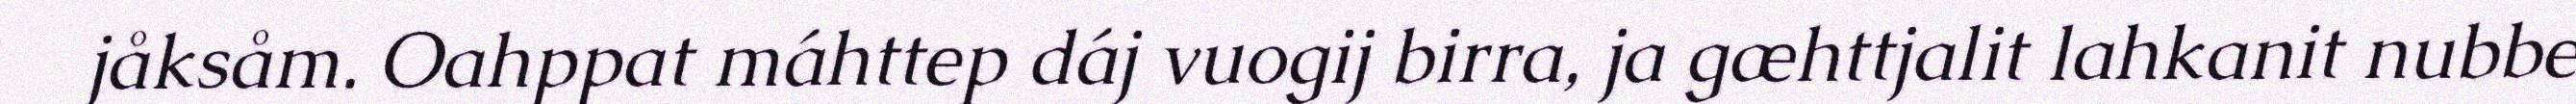
jåksåm. Oahppat máhttep dáj vuogij birra, ja gæhttjalit lahkanit nubbe